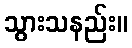
သွားသနည်း။